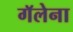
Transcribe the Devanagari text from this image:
गॅलेना